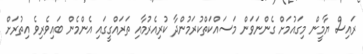
ރައިސް ޔާމީން މިގައުމަށް ގެންނަވަން މަސައްކަތްކުރަމުންދާ ކުރިއެރުމާއި ތަރައްގީގައި އެންމެން ބައިވެރިވެ އިތުރަށް